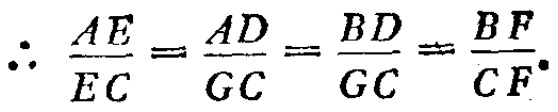
\(\therefore \frac{AE}{EC}=\frac{AD}{GC}=\frac{BD}{GC}=\frac{BF}{CF}.\)